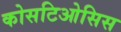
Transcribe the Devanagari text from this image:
कोसटिओसिस